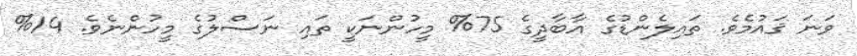
ވަނަ ޤައުމެވެ. ތައިލެންޑުގެ އާބާދީގެ 75% މީހުންނަކީ ތައި ނަސްލުގެ މީހުންނެވެ. 14%